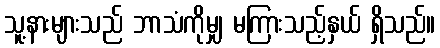
သူ့နားများသည် ဘာသံကိုမျှ မကြားသည့်နှယ် ရှိသည်။